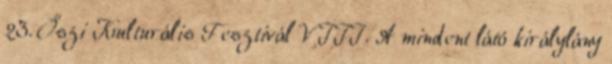
23. Őszi Kulturális Fesztivál VIII. A mindent látó királylány